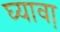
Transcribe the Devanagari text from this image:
घ्यावा़